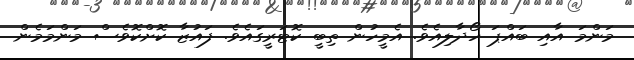
މަންމަ އާއި ބައްޕަ ހޯދާލިއެވެ. އެމީހުން ތިބީ ކޮޓަރީގައެވެ. ފައުޒާ ކޮށްކޮވެސް މަންމަމެން